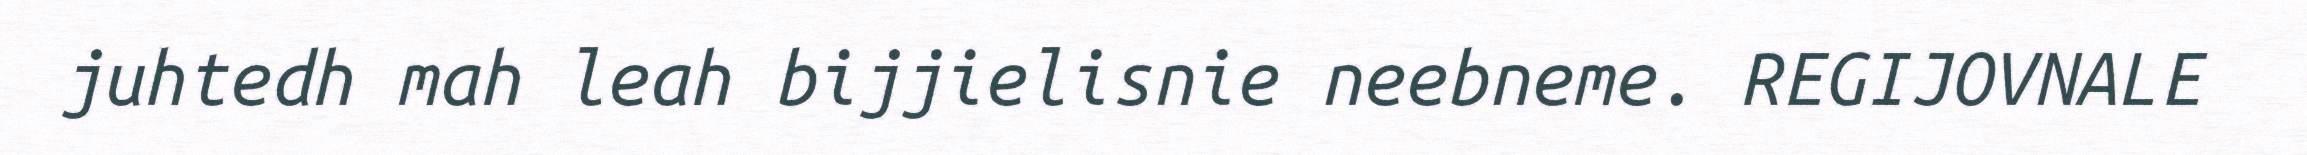
juhtedh mah leah bijjielisnie neebneme. REGIJOVNALE